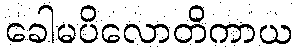
ခေါမပိလောတိကာယ